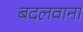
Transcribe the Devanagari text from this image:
बदलवाना